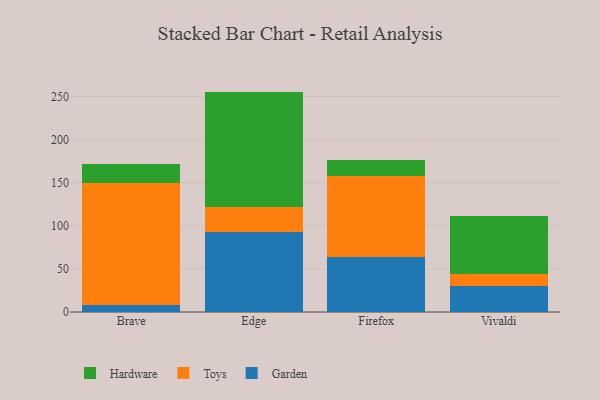
{"axis": {"x": "Browser", "y": "Demand Index"}, "legend": ["Garden", "Hardware", "Toys"], "data": [{"x": "Brave", "y": 8.1, "type": "Garden"}, {"x": "Brave", "y": 141.3, "type": "Toys"}, {"x": "Brave", "y": 22.3, "type": "Hardware"}, {"x": "Edge", "y": 92.9, "type": "Garden"}, {"x": "Edge", "y": 28.8, "type": "Toys"}, {"x": "Edge", "y": 134.3, "type": "Hardware"}, {"x": "Firefox", "y": 63.7, "type": "Garden"}, {"x": "Firefox", "y": 94.8, "type": "Toys"}, {"x": "Firefox", "y": 18.0, "type": "Hardware"}, {"x": "Vivaldi", "y": 30.1, "type": "Garden"}, {"x": "Vivaldi", "y": 13.6, "type": "Toys"}, {"x": "Vivaldi", "y": 67.5, "type": "Hardware"}]}